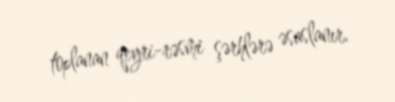
toplanan qeyri-rəsmi şərhlərə əsaslanır.